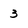
Character: 3